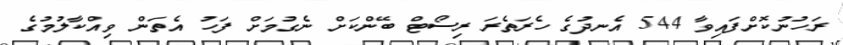
ރަހުނުކޮށްފައިވާ 544 އެނދުގެ ހެރަތެރަ ރިސޯޓް ބޭންކަށް ނެގުމަށް ފަހު އެތަން ވިއްކާލުމުގެ